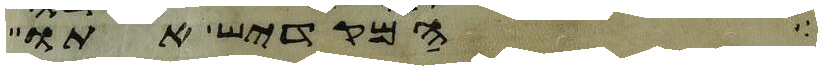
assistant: המקדיש אתו